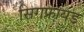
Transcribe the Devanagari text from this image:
सिगफ्रायड